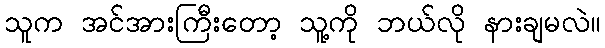
သူက အင်အားကြီးတော့ သူ့ကို ဘယ်လို နားချမလဲ။